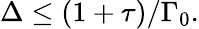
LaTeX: \Delta\leq(1+\tau)/\Gamma_{0}.